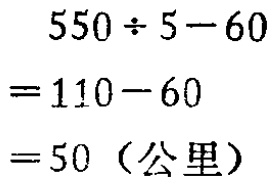
\[

\begin{align*}

&550\div5 - 60\\

=&110 - 60\\

=&50（公里）

\end{align*}

\]